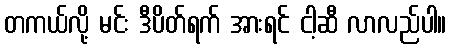
တကယ်လို့ မင်း ဒီပိတ်ရက် အားရင် ငါ့ဆီ လာလည်ပါ။